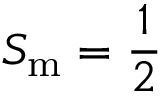
S _ { \mathrm { m } } = \frac { 1 } { 2 }